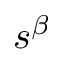
s ^ { \beta }